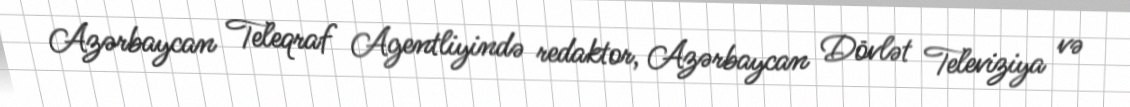
Azərbaycan Teleqraf Agentliyində redaktor, Azərbaycan Dövlət Televiziya və